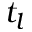
t _ { l }